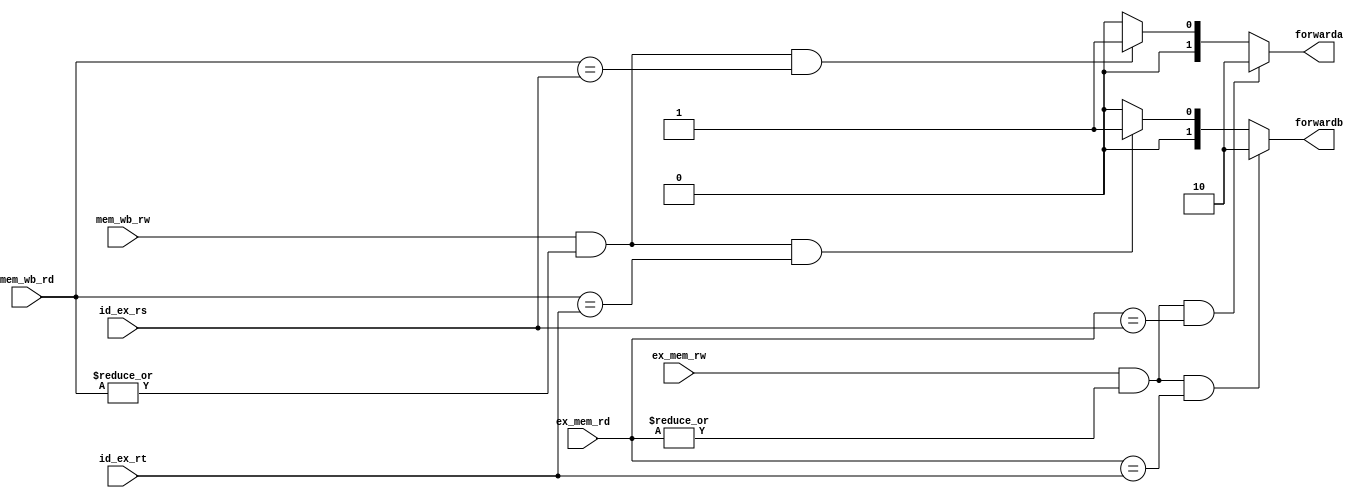
module FU(id_ex_rt, id_ex_rs, ex_mem_rd, mem_wb_rd, ex_mem_rw, mem_wb_rw, forwarda, forwardb);

input [3:0] id_ex_rt, id_ex_rs, ex_mem_rd, mem_wb_rd;
input ex_mem_rw, mem_wb_rw;
output reg [1:0] forwarda, forwardb;

localparam NO_HAZARD  = 2'b00;
localparam EX_HAZARD  = 2'b10;
localparam MEM_HAZARD = 2'b01;

always @(*) begin
	if ((ex_mem_rw & |ex_mem_rd) & (ex_mem_rd == id_ex_rs)) begin
		forwarda <= EX_HAZARD;
	end else if ((mem_wb_rw & |mem_wb_rd) & (mem_wb_rd == id_ex_rs)) begin
		forwarda <= MEM_HAZARD;
	end else begin
		forwarda <= NO_HAZARD;
	end

	if ((ex_mem_rw & |ex_mem_rd) & (ex_mem_rd == id_ex_rt)) begin
		forwardb <= EX_HAZARD;
	end else if ((mem_wb_rw & |mem_wb_rd) & (mem_wb_rd == id_ex_rt)) begin
		forwardb <= MEM_HAZARD;
	end else begin
		forwardb <= NO_HAZARD;
	end
end

endmodule

module JR_forward(ctrl_jr, id_rs, ex_rd, forward);

input [3:0] id_rs, ex_rd;
input ctrl_jr;
output reg forward;

localparam FORWARD    = 1'b1;
localparam NO_FORWARD = 1'b0;

always @(*) begin
	forward = (ctrl_jr && (id_rs == ex_rd)) ? FORWARD : NO_FORWARD;
end

endmodule